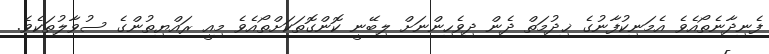
ފެނިދާނެތޯއެވެ އެމަނިކުފާނުގެ ޚިދުމަތް ދެން ދިވެހިންނަށް ލިބޭނީ ކޮންގޮތަކަށްތޯއެވެ މިއީ ރައްޔިތުންގެ ސުވާލުތަކެވެ.